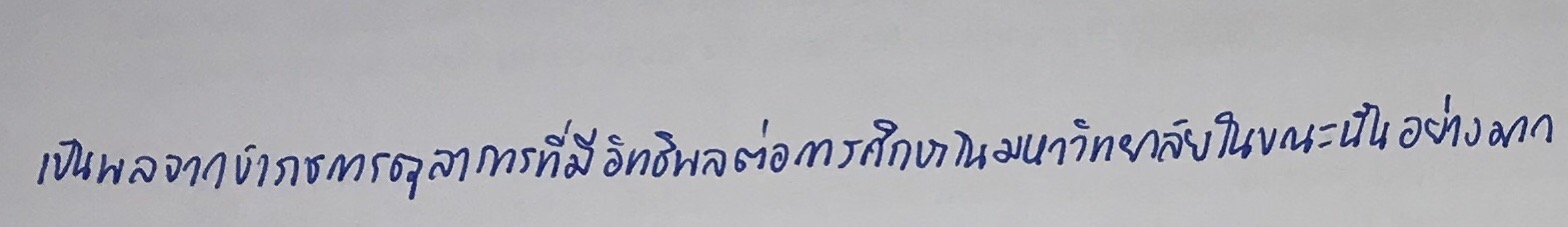
เป็นผลจากข้าราชการตุลาการที่มีอิทธิพลต่อการศึกษาในมหาวิทยาลัยในขณะนั้นอย่างมาก